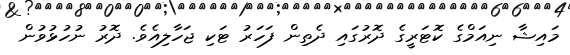
މައިޝާ ނިއަމްގެ ކޮޓަރީގެ ދޮރުގައި ދެތިން ފަހަރު ޓަކި ޖަހާލިއެވެ. ދޮރު ނުހުޅުވުން